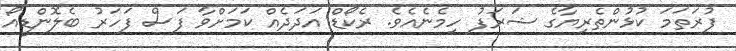
ފުރަތަމަ ކުޅުންތެރިޔާގެ ޝަރަފު ހިމެނެއެވެ. ރެކޯޑް އަދަދެއް ކަމަށްވާ ފަސް ފަހަރު ބެލޮންޑީއޯ